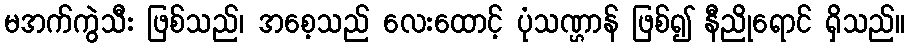
မအက်ကွဲသီး ဖြစ်သည်၊ အစေ့သည် လေးထောင့် ပုံသဏ္ဌာန် ဖြစ်၍ နီညိုရောင် ရှိသည်။